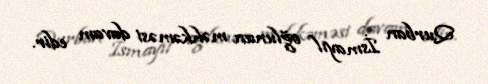
Qurban İsmayıl oğlunun məhkəməsi davam edir.